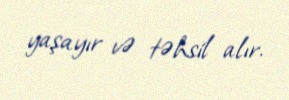
yaşayır və təhsil alır.